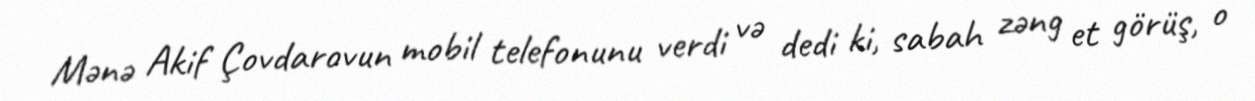
Mənə Akif Çovdarovun mobil telefonunu verdi və dedi ki, sabah zəng et görüş, o